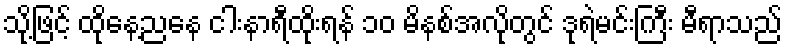
သို့ဖြင့် ထိုနေ့ညနေ ငါးနာရီထိုးရန် ၁၀ မိနစ်အလိုတွင် ဒုရဲမင်းကြီး မီရာသည်